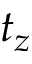
t _ { z }